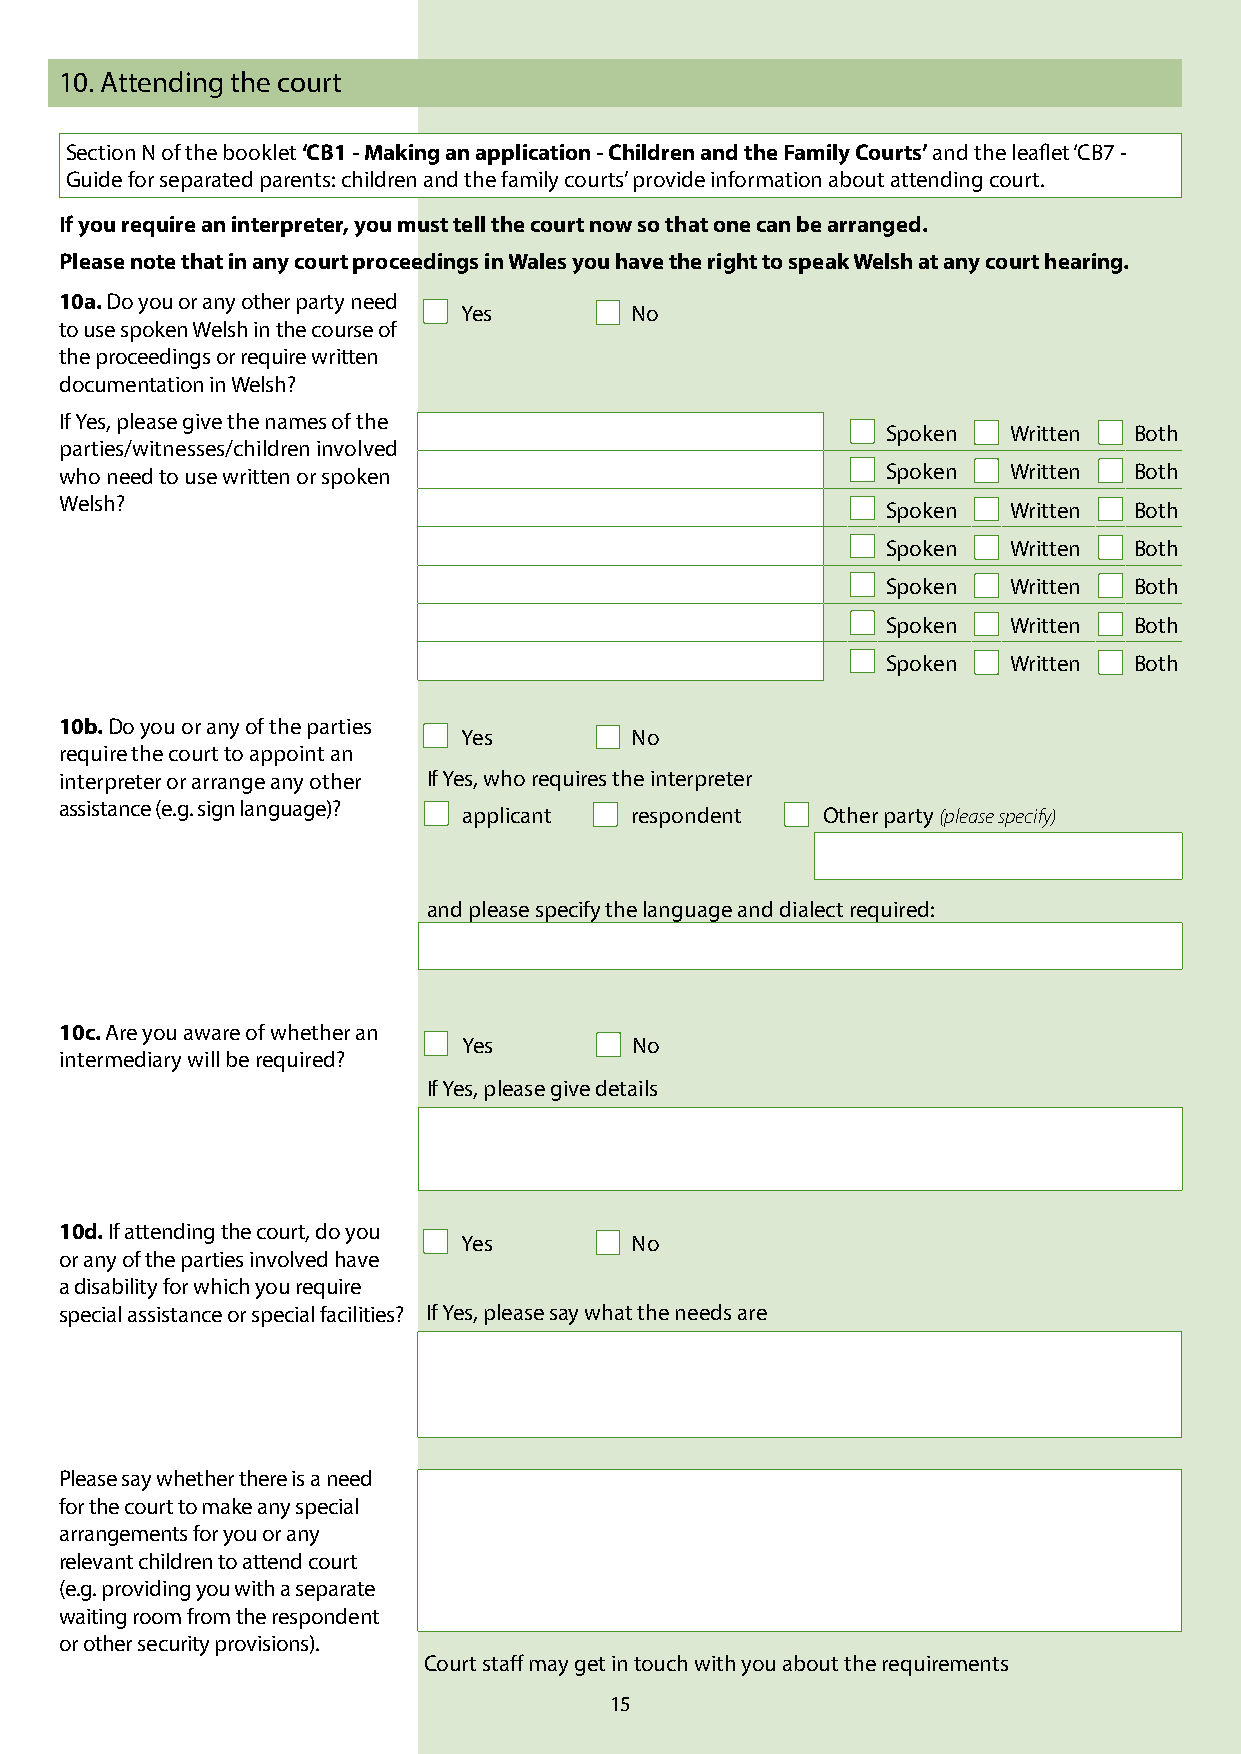
10. Attending the court
 Section N of the booklet ‘CB1 - Making an application - Children and the Family Courts’ and the leaflet ‘CB7 -
 Guide for separated parents: children and the family courts’ provide information about attending court.
 If you require an interpreter, you must tell the court now so that one can be arranged.
 Please note that in any court proceedings in Wales you have the right to speak Welsh at any court hearing.
 10a. Do you or any other party need
 Yes        No
 to use spoken Welsh in the course of
 the proceedings or require written
 documentation in Welsh?
 If Yes, please give the names of the
 Spoken  Written Both
 parties/witnesses/children involved
 who need to use written or spoken                      Spoken  Written Both
 Welsh?                                                 Spoken  Written Both
 Spoken  Written Both
 Spoken  Written Both
 Spoken  Written Both
 Spoken  Written Both
 10b. Do you or any of the parties
 Yes        No
 require the court to appoint an
 interpreter or arrange any other If Yes, who requires the interpreter
 assistance (e.g. sign language)?
 applicant  respondent  Other party (please specify)
 and please specify the language and dialect required:
 10c. Are you aware of whether an
 Yes        No
 intermediary will be required?
 If Yes, please give details
 10d. If attending the court, do you
 Yes        No
 or any of the parties involved have
 a disability for which you require
 special assistance or special facilities? If Yes, please say what the needs are
 Please say whether there is a need
 for the court to make any special
 arrangements for you or any
 relevant children to attend court
 (e.g. providing you with a separate
 waiting room from the respondent
 or other security provisions).
 Court staff may get in touch with you about the requirements
 15